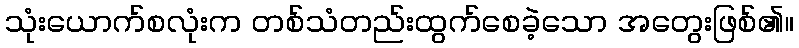
သုံးယောက်စလုံးက တစ်သံတည်းထွက်စေခဲ့သော အတွေးဖြစ်၏။